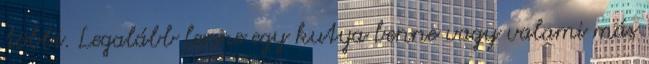
többi. Legalább lenne egy kutya benne vagy valami más